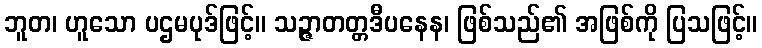
ဘူတ၊ ဟူသော ပဌမပုဒ်ဖြင့်။ သဉ္ဇာတတ္တဒီပနေန၊ ဖြစ်သည်၏ အဖြစ်ကို ပြသဖြင့်။